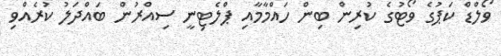
ވޯލްޑް ކަޕުގެ ވޯޓުގެ ކުރިން ބިން ހައްމާމާއި ޕްލެޓިނީ ސިއްރުން ބައްދަލު ކުރެއްވި